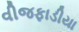
વીજફાડીયા